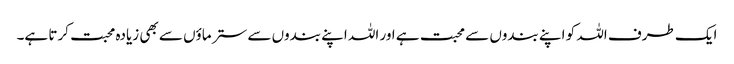
ایک طرف اللہ کو اپنے بندوں سے محبت ہے اور اللہ اپنے بندوں سے ستر ماؤں سے بھی زیادہ محبت کرتا ہے۔